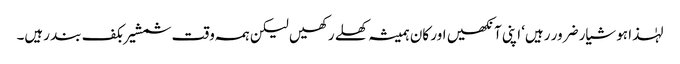
لہٰذا ہوشیار ضرور رہیں‘ اپنی آنکھیں اور کان ہمیشہ کھلے رکھیں لیکن ہمہ وقت شمشیر بکف بند رہیں۔